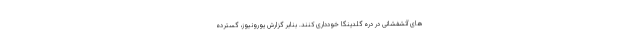
های آتشفشانی در دره گلدینگا خودداری کنند. بنابر گزارش یورونیوز، گسترده